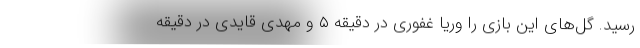
رسید. گل‌های این بازی را وریا غفوری در دقیقه ۵ و مهدی قایدی در دقیقه